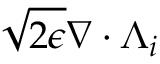
\sqrt { 2 \epsilon } \nabla \cdot \boldsymbol { \Lambda } _ { i }